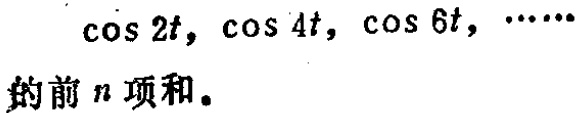
求\(\cos 2t, \cos 4t, \cos 6t, \cdots\)的前\(n\)项和。